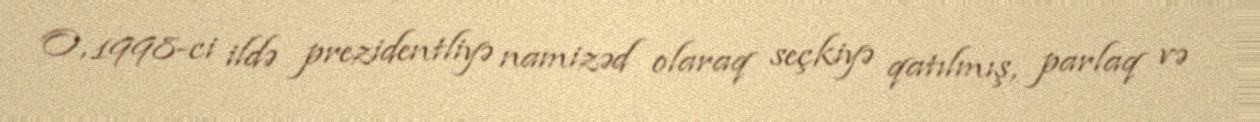
O, 1998-ci ildə prezidentliyə namizəd olaraq seçkiyə qatılmış, parlaq və